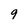
Character: 9